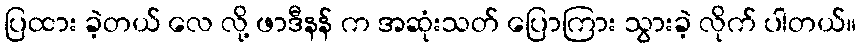
ပြထား ခဲ့တယ် လေ လို့ ဖာဒီနန် က အဆုံးသတ် ပြောကြား သွားခဲ့ လိုက် ပါတယ်။